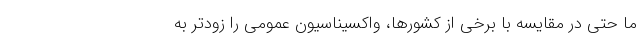
ما حتی در مقایسه با برخی از کشورها، واکسیناسیون عمومی را زودتر به